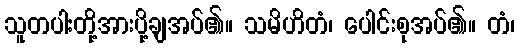
သူတပါးတို့အားပို့ချအပ်၏။ သမိဟိတံ၊ ပေါင်းစုအပ်၏။ တံ၊